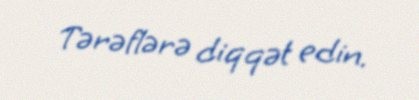
Tərəflərə diqqət edin.